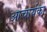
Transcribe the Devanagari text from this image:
आचार्यका